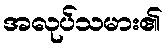
အလုပ်သမား၏